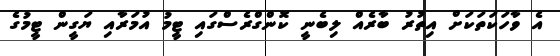
އެ ވާހަކަތަކަށް އިތުރު ބާރެއް ލިބެނީ ކޮންގްރެސްގައި ޓީމު އުމަރާއި ޔަގީން ޓީމުގެ